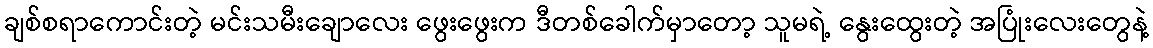
ချစ်စရာကောင်းတဲ့ မင်းသမီးချောလေး ဖွေးဖွေးက ဒီတစ်ခေါက်မှာတော့ သူမရဲ့ နွေးထွေးတဲ့ အပြုံးလေးတွေနဲ့